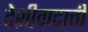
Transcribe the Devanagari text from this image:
देशीवादाची